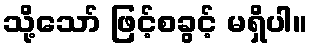
သို့သော် ဖြင့်စခွင့် မရှိပါ။